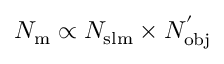
N _ { \mathrm { { m } } } \propto N _ { \mathrm { { s l m } } } \times N _ { \mathrm { { o b j } } } ^ { ' }